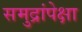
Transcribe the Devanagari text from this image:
समुद्रांपेक्षा